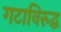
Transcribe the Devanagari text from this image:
गटाविरुद्ध